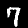
Label: 7